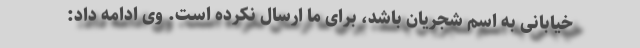
خیابانی به اسم شجریان باشد، برای ما ارسال نکرده است. وی ادامه داد: